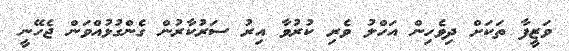
ވަޒީފާ ތަކަށް ދިވެހިން އަހްލު ވެރި ކުރުވާ އިރު ސަރުކާރުން ގެންގުޅުއްވަން ޖެހޭނީ